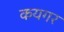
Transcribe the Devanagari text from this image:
कयगर